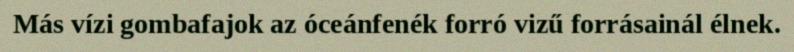
Más vízi gombafajok az óceánfenék forró vizű forrásainál élnek.